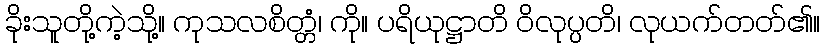
ခိုးသူတို့ကဲ့သို့။ ကုသလစိတ္တံ၊ ကို။ ပရိယုဋ္ဌာတိ ဝိလုပ္ပတိ၊ လုယက်တတ်၏။